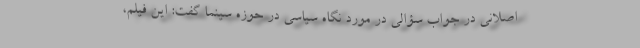
اصلانی در جواب سؤالی در مورد نگاه سیاسی در حوزه سینما گفت: این فیلم،